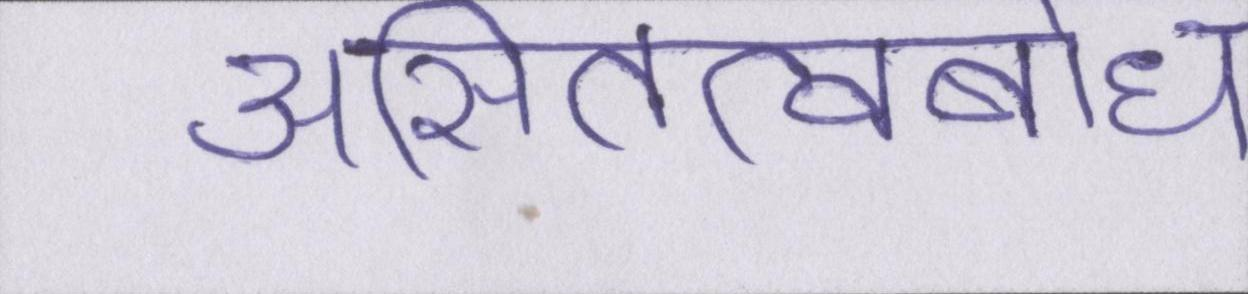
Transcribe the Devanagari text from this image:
असितत्वबोध